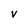
Character: v